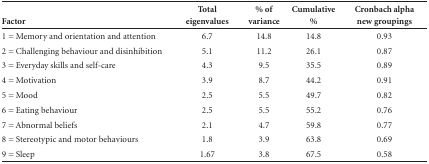
<table><thead><tr><td><b>Factor</b></td><td><b>Totaleigenvalues</b></td><td><b>% ofvariance</b></td><td><b>Cumulative%</b></td><td><b>Cronbach alphanew groupings</b></td></tr></thead><tbody><tr><td>1 = Memory and orientation and attention</td><td>6.7</td><td>14.8</td><td>14.8</td><td>0.93</td></tr><tr><td>2 = Challenging behaviour and disinhibition</td><td>5.1</td><td>11.2</td><td>26.1</td><td>0.87</td></tr><tr><td>3 = Everyday skills and self-care</td><td>4.3</td><td>9.5</td><td>35.5</td><td>0.89</td></tr><tr><td>4 = Motivation</td><td>3.9</td><td>8.7</td><td>44.2</td><td>0.91</td></tr><tr><td>5 = Mood</td><td>2.5</td><td>5.5</td><td>49.7</td><td>0.82</td></tr><tr><td>6 = Eating behaviour</td><td>2.5</td><td>5.5</td><td>55.2</td><td>0.76</td></tr><tr><td>7 = Abnormal beliefs</td><td>2.1</td><td>4.7</td><td>59.8</td><td>0.77</td></tr><tr><td>8 = Stereotypic and motor behaviours</td><td>1.8</td><td>3.9</td><td>63.8</td><td>0.69</td></tr><tr><td>9 = Sleep</td><td>1.67</td><td>3.8</td><td>67.5</td><td>0.58</td></tr></tbody></table>